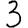
Digit: 3